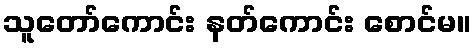
သူတော်ကောင်း နတ်ကောင်း စောင်မ။